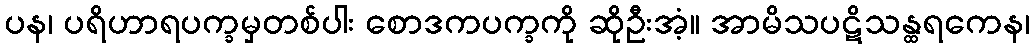
ပန၊ ပရိဟာရပက္ခမှတစ်ပါး စောဒကပက္ခကို ဆိုဦးအံ့။ အာမိသပဋိသန္ထရကေန၊